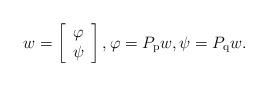
LaTeX: \begin{align*}w=\left[\begin{array}[c]{c}\varphi\\\psi\end{array}\right] ,\varphi=P_{\mathrm{p}}w,\psi=P_{\mathrm{q}}w. \end{align*}